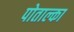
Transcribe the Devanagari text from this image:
पोताल्का